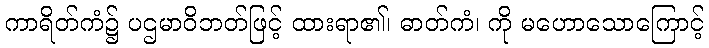
ကာရိတ်ကံ၌ ပဌမာဝိဘတ်ဖြင့် ထားရာ၏၊ ဓာတ်ကံ၊ ကို မဟောသောကြောင့်